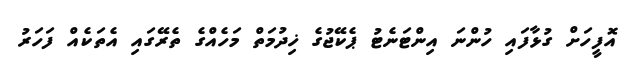
އޮފީހަށް ގުޅާފައި ހުންނަ އިންޓަނެޓު ޕެކޭޖުގެ ޚިދުމަތް މަހެއްގެ ތެރޭގައި އެތަކެއް ފަހަރު